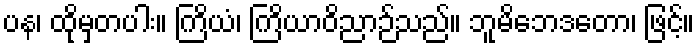
ပန၊ ထိုမှတပါး။ ကြိယံ၊ ကြိယာဝိညာဉ်သည်။ ဘူမိဘေဒတော၊ ဖြင့်။